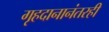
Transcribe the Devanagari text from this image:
गृहदानानंतरही